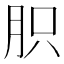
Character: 胑